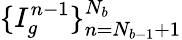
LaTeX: \{ I_{g}^{n-1}\} _{n=N_{b-1}+1}^{N_{b}}